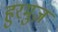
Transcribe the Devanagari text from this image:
हुरमुज़